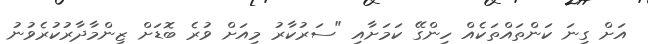
އަށް ގިނަ ކަންތައްތަކެއް ހިންގޭ ކަމަށާއި "ސަރުކާރު މިއަށް ވުރެ ބޮޑަށް ޒިންމާދާރުކުރެވުނު